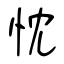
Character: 忱